DOW-UAP-D49, Launch Summary, Vandenberg AFB, 2000
Agency: Department of War
Incident date: 2/3/00
Page 22
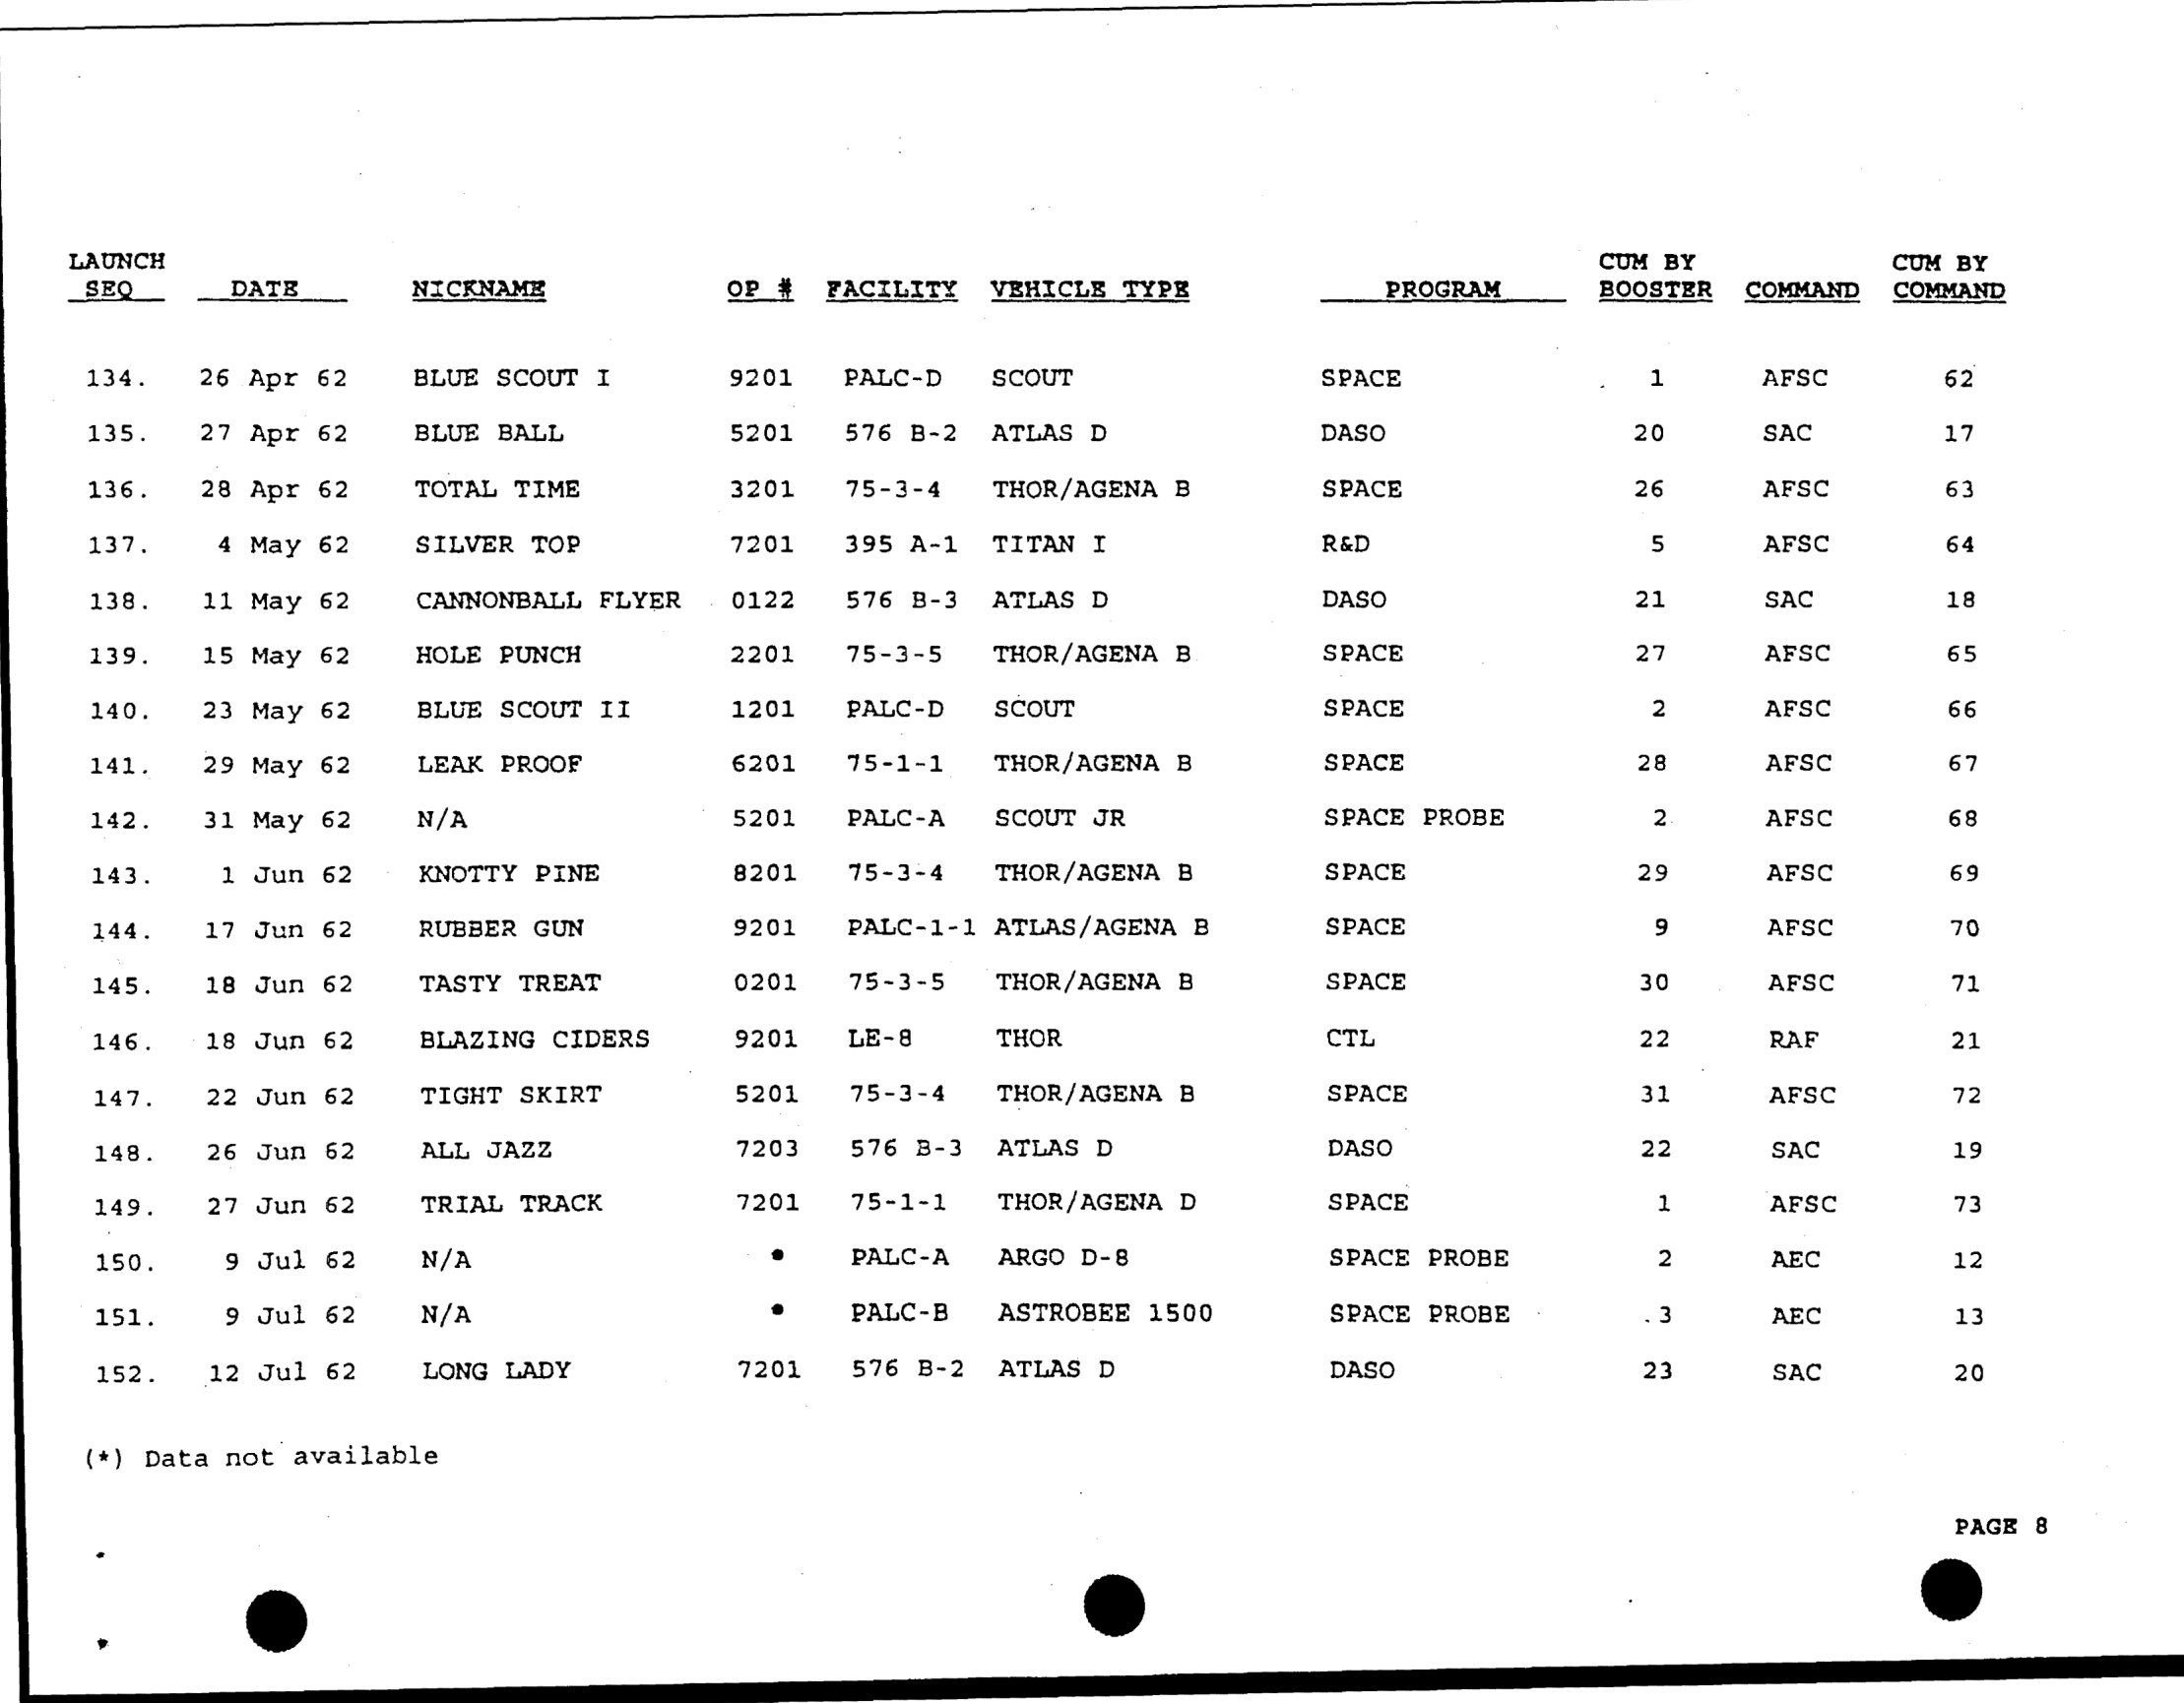